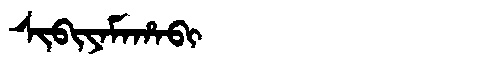
Manchu: ᠰᡳᠪᡳᠶᠠᠮᠠᡥᠠᠪᡳ
Romanization: SIBIYAMAHABI